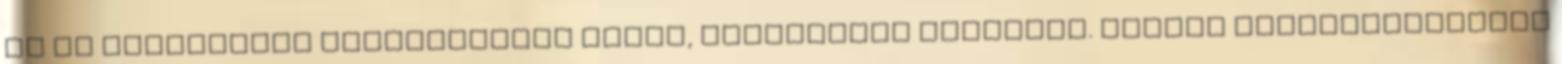
És az igyekezete megerősítést nyert, valahonnan felülről. Minden fantáziaélményt